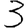
Digit: 3